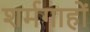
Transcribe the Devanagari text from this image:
शर्मगाहों